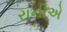
રાનીએ